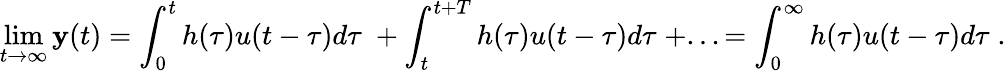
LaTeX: \operatorname*{lim}_{t\to\infty}\mathbf{y}(t)=\int_{0}^{t}h(\tau)u(t-\tau)d\tau\; +\int_{t}^{t+T}h(\tau)u(t-\tau)d\tau\; +...=\int_{0}^{\infty}h(\tau)u(t-\tau)d\tau\; .